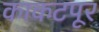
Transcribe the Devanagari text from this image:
काकटपूर